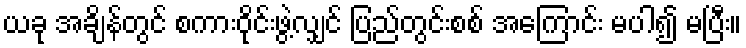
ယခု အချိန်တွင် စကားဝိုင်းဖွဲ့လျှင် ပြည်တွင်းစစ် အကြောင်း မပါ၍ မပြီး။